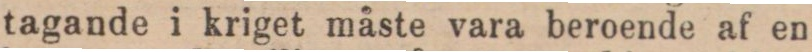
tagande i kriget måste vara beroende af en